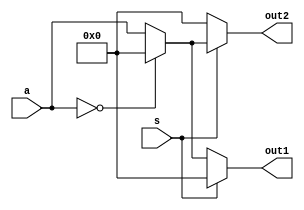
//This is for the 16bit 1:2 demux module.

module one_to_two_demux_16bit #(
parameter BITS = 16
)(a, s, out1, out2);
	input [(BITS-1):0] a;
	input s;	
	output [(BITS-1):0] out1, out2;
	reg [(BITS-1):0] out1, out2;
	
	always@(a or s)
	begin
		if (s == 1'b0)
		begin
			if(a == 8'd0)
			begin
				out1 = 8'b0;
				out2 = 8'b0;
			end
			else
			begin
				out1 = a;
				out2 = 8'b0;
			end
		end

		else
		begin
			if(a == 8'b0)
			begin
				out1 = 8'b0;
				out2 = 8'b0;
			end
			else
			begin
				out1 = 8'b0;
				out2 = a;
			end
		end	
	end

endmodule